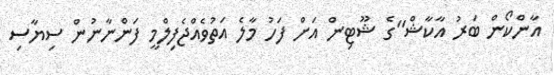
އާންކޯން ބަރު އާކާޝް"ގެ ޝޫޓިން އަށް ފަހު މާލެ އަތުވެއްޖެފިލްމީ ފަންނާނުން ސިޔާސި